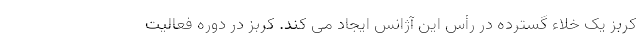
کربز یک خلاء گسترده در رأس این آژانس ایجاد می کند. کربز در دوره فعالیت